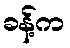
ခန့်က